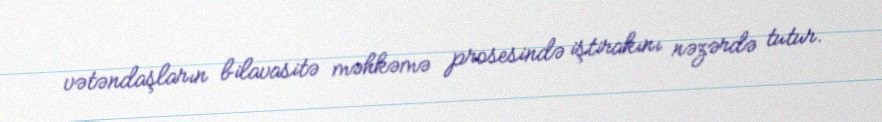
vətəndaşların bilavasitə məhkəmə prosesində iştirakını nəzərdə tutur.